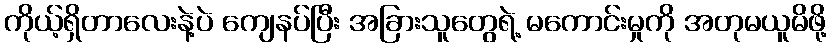
ကိုယ့်ရှိတာလေးနဲ့ပဲ ကျေနပ်ပြီး အခြားသူတွေရဲ့ မကောင်းမှုကို အတုမယူမိဖို့